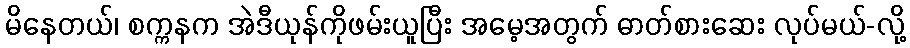
မိနေတယ်၊ စက္ကနက အဲဒီယုန်ကိုဖမ်းယူပြီး အမေ့အတွက် ဓာတ်စားဆေး လုပ်မယ်-လို့